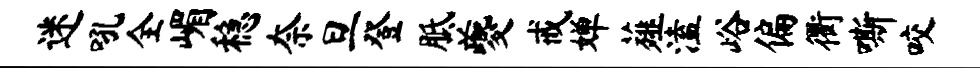
迷吼全嵋稳奈旦登胝夔戒婵薤溘峪偏衢嘶咬